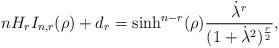
LaTeX: \begin{align*}nH_rI_{n,r}(\rho)+d_r = \sinh^{n-r}(\rho)\frac{\dot{\lambda}^r}{(1+\dot{\lambda}^2)^{\frac{r}{2}}},\end{align*}